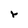
Character: r